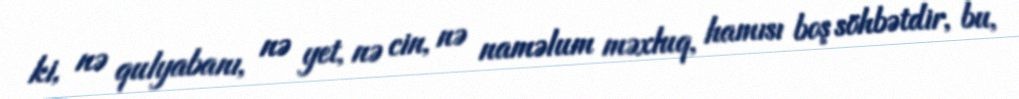
ki, nə qulyabanı, nə yet, nə cin, nə naməlum məxluq, hamısı boş söhbətdir, bu,